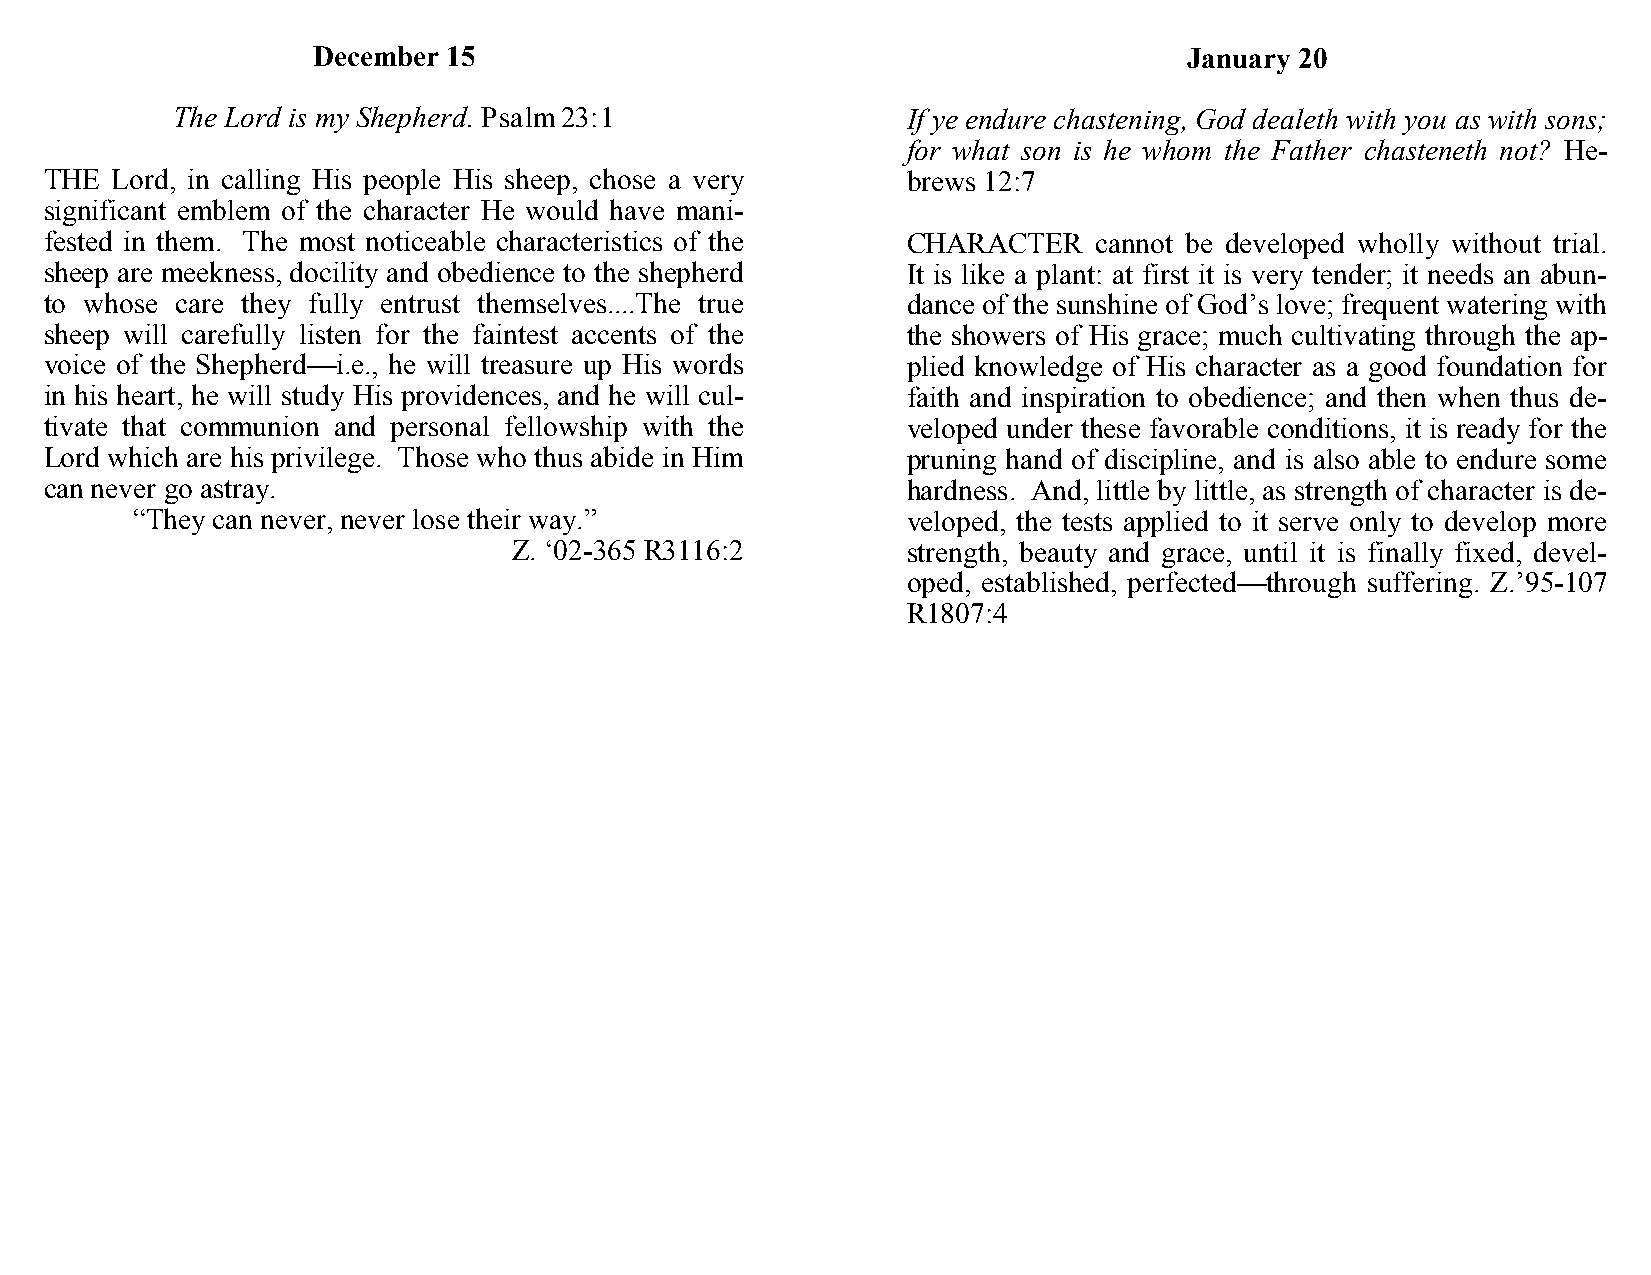
December 15                                               January 20
 The Lord is my Shepherd. Psalm 23:1              If ye endure chastening, God dealeth with you as with sons;
 for what son is he whom the Father chasteneth not? He-
 THE Lord, in calling His people His sheep, chose a very  brews 12:7
 significant emblem of the character He would have mani-
 fested in them. The most noticeable characteristics of the CHARACTER cannot be developed wholly without trial.
 sheep are meekness, docility and obedience to the shepherd It is like a plant: at first it is very tender; it needs an abun-
 to whose care they fully entrust themselves....The true  dance of the sunshine of God’s love; frequent watering with
 sheep will carefully listen for the faintest accents of the the showers of His grace; much cultivating through the ap-
 voice of the Shepherd—i.e., he will treasure up His words plied knowledge of His character as a good foundation for
 in his heart, he will study His providences, and he will cul- faith and inspiration to obedience; and then when thus de-
 tivate that communion and personal fellowship with the   veloped under these favorable conditions, it is ready for the
 Lord which are his privilege. Those who thus abide in Him pruning hand of discipline, and is also able to endure some
 can never go astray.                                     hardness. And, little by little, as strength of character is de-
 “They can never, never lose their way.”            veloped, the tests applied to it serve only to develop more
 Z. ‘02-365 R3116:2        strength, beauty and grace, until it is finally fixed, devel-
 oped, established, perfected—through suffering. Z.’95-107
 R1807:4